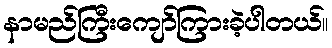
နာမည်ကြီးကျော်ကြားခဲ့ပါတယ်။